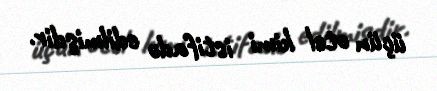
üçün otel kimi istifadə edilmişdir.